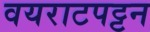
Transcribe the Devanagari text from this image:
वयराटपट्टन